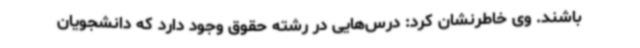
باشند. وی خاطرنشان کرد: درس‌هایی در رشته حقوق وجود دارد که دانشجویان